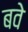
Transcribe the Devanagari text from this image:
बवे